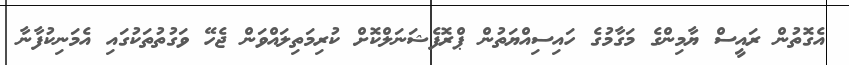
އެގޮތުން ރައީސް ޔާމިންގެ މަގާމުގެ ހައިސިއްޔަތުން ޕްރޮފެޝަނަލްކޮށް ކުރިމަތިލައްވަން ޖެހޭ ވަގުތުތަކުގައި އެމަނިކުފާނާ